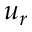
u _ { r }